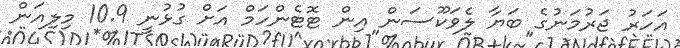
އަހަރު ޖަރުމަނުގެ ބަޔާ ލެވަކޫސަން އިން ޓޮޓެންހަމް އަށް ގުޅުނީ 10.9 މިލިއަން